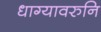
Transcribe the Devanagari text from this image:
धाग्यावरुनि